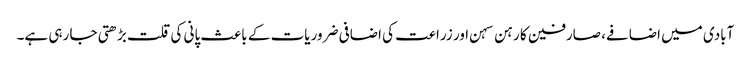
آبادی میں اضافے، صارفین کا رہن سہن اور زراعت کی اضافی ضروریات کے باعث پانی کی قلت بڑھتی جا رہی ہے۔